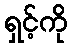
ရှင့်ကို